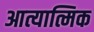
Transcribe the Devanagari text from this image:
आत्यात्मिक